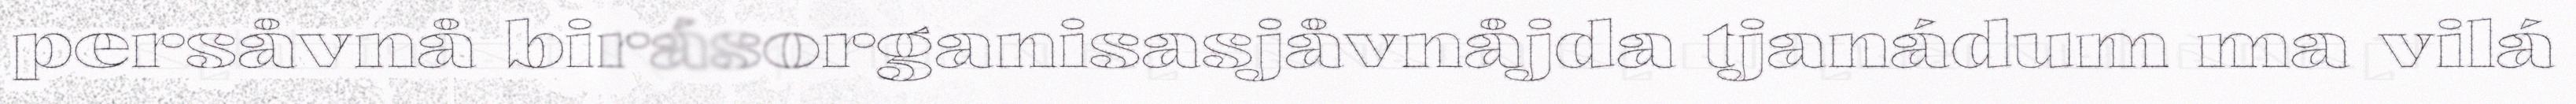
persåvnå birásorganisasjåvnåjda tjanádum ma vilá